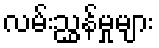
လမ်းညွှန်မှုများ